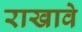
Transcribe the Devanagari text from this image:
राखावे